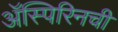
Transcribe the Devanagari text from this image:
ॲस्पिरिनची